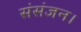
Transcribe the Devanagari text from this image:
संसंजन।